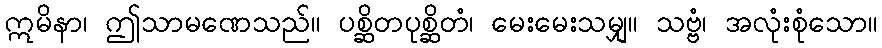
ဣမိနာ၊ ဤသာမဏေသည်။ ပစ္ဆိတပုစ္ဆိတံ၊ မေးမေးသမျှ။ သဗ္ဗံ၊ အလုံးစုံသော။